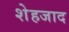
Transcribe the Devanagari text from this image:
शेहजाद